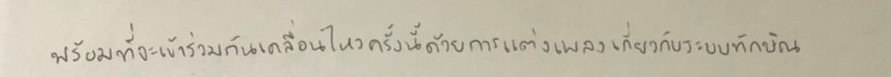
พร้อมที่จะเข้าร่วมกันเคลื่อนไหวครั้งนี้ด้วยการแต่งเพลงเกี่ยวกับระบอบทักษิณ